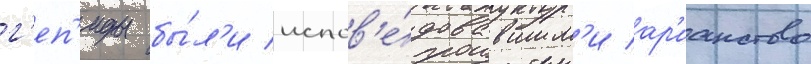
г'еп'иды бы́л'и испов'е́довавшим'и ар'ианство